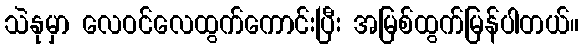
သဲနုမှာ လေဝင်လေထွက်ကောင်းပြီး အမြစ်ထွက်မြန်ပါတယ်။